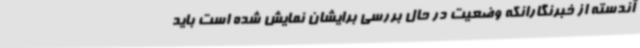
آندسته از خبرنگارانکه وضعیت در حال بررسی برایشان نمایش شده است باید